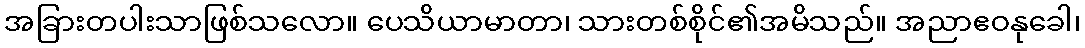
အခြားတပါးသာဖြစ်သလော။ ပေသိယာမာတာ၊ သားတစ်စိုင်၏အမိသည်။ အညာဧဝနုခေါ၊